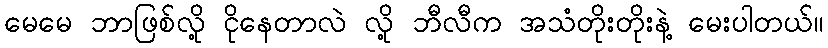
မေမေ ဘာဖြစ်လို့ ငိုနေတာလဲ လို့ ဘီလီက အသံတိုးတိုးနဲ့ မေးပါတယ်။